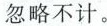
可忽略不计。